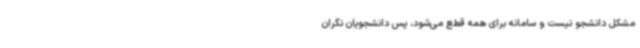
مشکل دانشجو نیست و سامانه برای همه قطع می‌شود، پس دانشجویان نگران